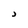
Character: J